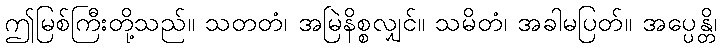
ဤမြစ်ကြီးတို့သည်။ သတတံ၊ အမြဲနိစ္စလျှင်။ သမိတံ၊ အခါမပြတ်။ အပ္ပေန္တိ၊